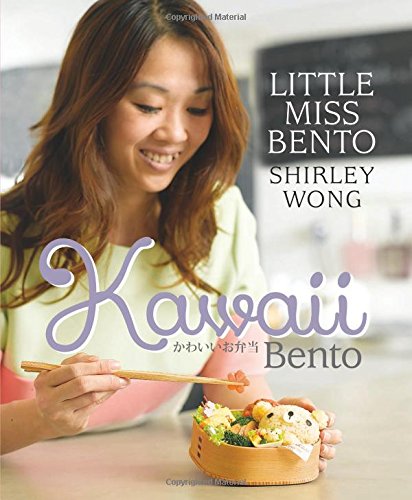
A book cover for Kawaii Bento; Shirley Wong; Cookbooks, Food & Wine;